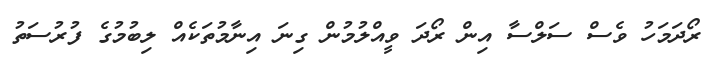
ރޯދަމަހު ވެސް ސަލްސާ އިން ރޯދަ ވީއްލުމުން ގިނަ އިނާމުތަކެއް ލިބުމުގެ ފުރުސަތު